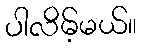
ပါလိမ့်မယ်။